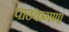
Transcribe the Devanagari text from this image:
पाठकगण।